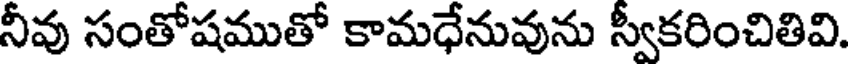
నీవు సంతోషముతో కామధేనువును స్వీకరించితివి.